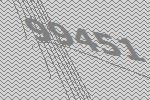
99451